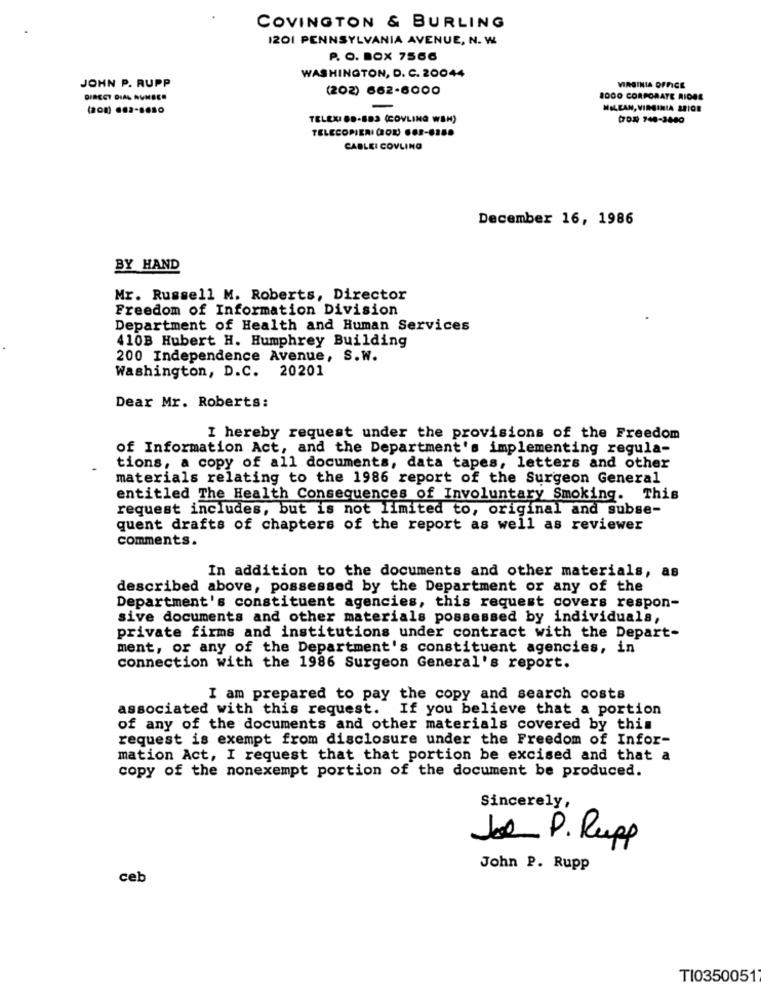
COVINGTON & BURLING
I201 PENNSYLVANIA AVENUE, N. W.
P. O. BOX 7566
JOHN P. RUPP
WASHINGTON, D. C. 20044
(202) 662-6000
VIRGINIA OFFICE
DIRECT DIAL NUMBER
2000 CORPORATE RIDES
(201) 682-8650
MILCAN, VIRGINIA SB108
TELEKI BD-883 (COVLING WSH)
7DE 748-3480
TELECOPIERI (ROR) 66F-628.
CABLEI COVLING
December 16, 1986
BY HAND
Mr. Russell M. Roberts, Director
Freedom of Information Division
Department of Health and Human Services
410B Hubert H. Humphrey Building
200 Independence Avenue, S.W.
Washington, D.C. 20201
Dear Mr. Roberts:
I hereby request under the provisions of the Freedom
of Information Act, and the Department's implementing regula-
tions, a copy of all documents, data tapes, letters and other
materials relating to the 1986 report of the Surgeon General
entitled The Health Consequences of Involuntary Smoking. This
request includes, but is not limited to, original and subse-
quent drafts of chapters of the report as well as reviewer
comments.
In addition to the documents and other materials, as
described above, possessed by the Department or any of the
Department's constituent agencies, this request covers respon-
sive documents and other materials possessed by individuals,
private firms and institutions under contract with the Depart-
ment, or any of the Department's constituent agencies, in
connection with the 1986 Surgeon General's report.
I am prepared to pay the copy and search costs
associated with this request. If you believe that a portion
of any of the documents and other materials covered by this
request is exempt from disclosure under the Freedom of Infor-
mation Act, I request that that portion be excised and that a
copy of the nonexempt portion of the document be produced.
Sincerely,
Joe P. Rupp
John P. Rupp
ceb
TI0350051